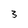
Character: 3